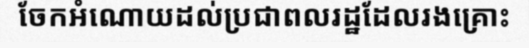
ចែកអំណោយដល់ប្រជាពលរដ្ឋដែលរងគ្រោះ